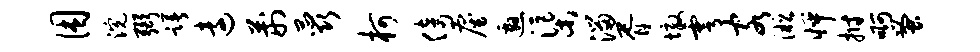
困浣弼躇远荆蕊柯倚雇邀渠溜胥墩雩客淞怦拊啊蚤